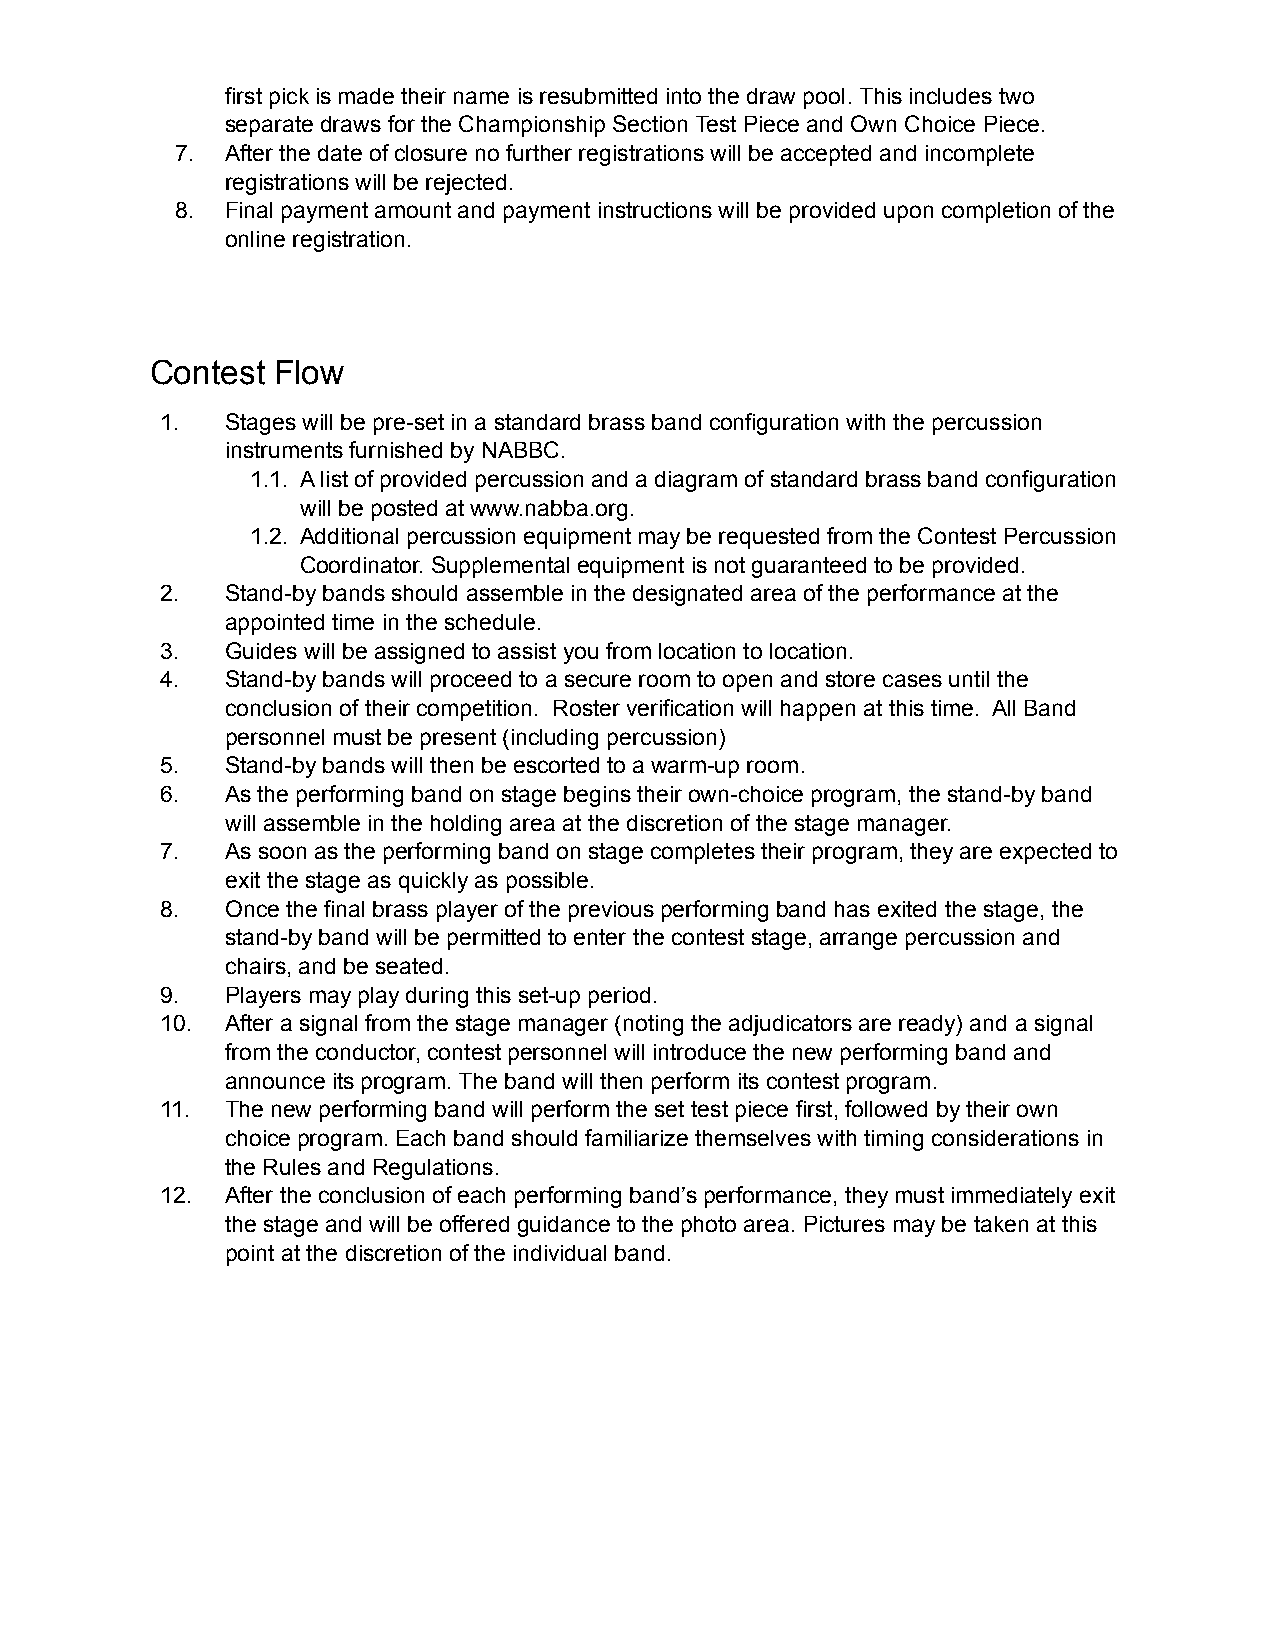
first pick is made their name is resubmitted into the draw pool. This includes two
 separate draws for the Championship Section Test Piece and Own Choice Piece.
 7. After the date of closure no further registrations will be accepted and incomplete
 registrations will be rejected.
 8. Final payment amount and payment instructions will be provided upon completion of the
 online registration.
 Contest Flow
 1.  Stages will be pre-set in a standard brass band configuration with the percussion
 instruments furnished by NABBC.
 1.1. A list of provided percussion and a diagram of standard brass band configuration
 will be posted at www.nabba.org.
 1.2. Additional percussion equipment may be requested from the Contest Percussion
 Coordinator. Supplemental equipment is not guaranteed to be provided.
 2.  Stand-by bands should assemble in the designated area of the performance at the
 appointed time in the schedule.
 3.  Guides will be assigned to assist you from location to location.
 4.  Stand-by bands will proceed to a secure room to open and store cases until the
 conclusion of their competition. Roster verification will happen at this time. All Band
 personnel must be present (including percussion)
 5.  Stand-by bands will then be escorted to a warm-up room.
 6.  As the performing band on stage begins their own-choice program, the stand-by band
 will assemble in the holding area at the discretion of the stage manager.
 7.  As soon as the performing band on stage completes their program, they are expected to
 exit the stage as quickly as possible.
 8.  Once the final brass player of the previous performing band has exited the stage, the
 stand-by band will be permitted to enter the contest stage, arrange percussion and
 chairs, and be seated.
 9.  Players may play during this set-up period.
 10. After a signal from the stage manager (noting the adjudicators are ready) and a signal
 from the conductor, contest personnel will introduce the new performing band and
 announce its program. The band will then perform its contest program.
 11. The new performing band will perform the set test piece first, followed by their own
 choice program. Each band should familiarize themselves with timing considerations in
 the Rules and Regulations.
 12. After the conclusion of each performing band’s performance, they must immediately exit
 the stage and will be offered guidance to the photo area. Pictures may be taken at this
 point at the discretion of the individual band.